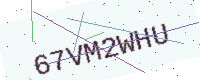
Text: 67VM2WHU